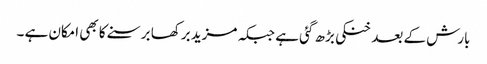
بارش کے بعد خنکی بڑھ گئی ہے جبکہ مزید برکھا برسنے کا بھی امکان ہے ۔